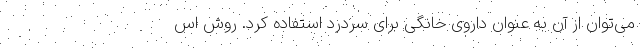
می‌توان از آن به عنوان داروی خانگی برای سردرد استفاده کرد. روش اس